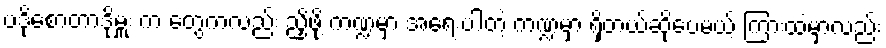
ပဒိုစောတာဒိုမှူး က တွေကလည်း ညှိဖို့ ကဏ္ဍမှာ အရေးပါတဲ့ ကဏ္ဍမှာ ရှိတယ်ဆိုပေမယ့် ကြားထဲမှာလည်း